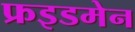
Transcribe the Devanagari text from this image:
फ्रइडमेन